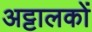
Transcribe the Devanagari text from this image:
अट्टालकों